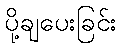
ပို့ချပေးခြင်း